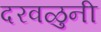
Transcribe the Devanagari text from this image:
दरवळुनी